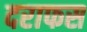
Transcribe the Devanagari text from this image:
दराफस